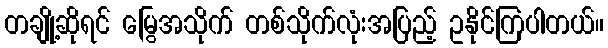
တချို့ဆိုရင် မြွေအသိုက် တစ်သိုက်လုံးအပြည့် ဥနိုင်ကြပါတယ်။